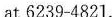
at 6239-4821.